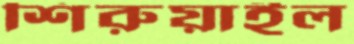
শিরুয়াইল